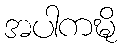
အပါကဍ္ဎိ